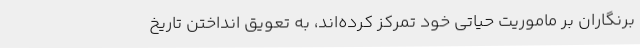
برنگاران بر ماموریت حیاتی خود تمرکز کرده‌اند، به تعویق انداختن تاریخ